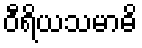
ဝီရိယသမာဓိ